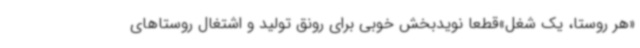
«هر روستا، یک شغل»قطعاً نویدبخش خوبی برای رونق تولید و اشتغال روستاهای